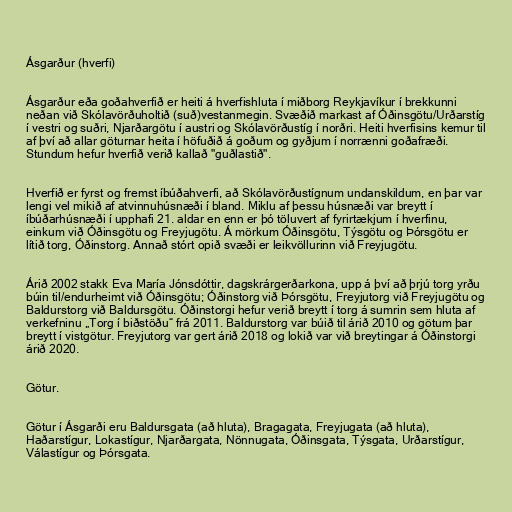
Ásgarður (hverfi)

Ásgarður eða goðahverfið er heiti á hverfishluta í miðborg Reykjavíkur í brekkunni
neðan við Skólavörðuholtið (suð)vestanmegin. Svæðið markast af Óðinsgötu/Urðarstíg
í vestri og suðri, Njarðargötu í austri og Skólavörðustíg í norðri. Heiti hverfisins kemur til
af því að allar göturnar heita í höfuðið á goðum og gyðjum í norrænni goðafræði.
Stundum hefur hverfið verið kallað "guðlastið".

Hverfið er fyrst og fremst íbúðahverfi, að Skólavörðustígnum undanskildum, en þar var
lengi vel mikið af atvinnuhúsnæði í bland. Miklu af þessu húsnæði var breytt í
íbúðarhúsnæði í upphafi 21. aldar en enn er þó töluvert af fyrirtækjum í hverfinu,
einkum við Óðinsgötu og Freyjugötu. Á mörkum Óðinsgötu, Týsgötu og Þórsgötu er
lítið torg, Óðinstorg. Annað stórt opið svæði er leikvöllurinn við Freyjugötu.

Árið 2002 stakk Eva María Jónsdóttir, dagskrárgerðarkona, upp á því að þrjú torg yrðu
búin til/endurheimt við Óðinsgötu; Óðinstorg við Þórsgötu, Freyjutorg við Freyjugötu og
Baldurstorg við Baldursgötu. Óðinstorgi hefur verið breytt í torg á sumrin sem hluta af
verkefninu „Torg í biðstöðu“ frá 2011. Baldurstorg var búið til árið 2010 og götum þar
breytt í vistgötur. Freyjutorg var gert árið 2018 og lokið var við breytingar á Óðinstorgi
árið 2020.

Götur.

Götur í Ásgarði eru Baldursgata (að hluta), Bragagata, Freyjugata (að hluta),
Haðarstígur, Lokastígur, Njarðargata, Nönnugata, Óðinsgata, Týsgata, Urðarstígur,
Válastígur og Þórsgata.